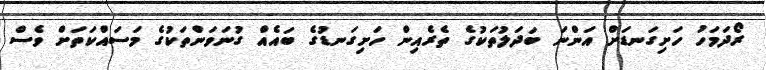
ރޯދަމަހު ހަށިގަނޑަށް އަންނަ ބަދަލުތަކުގެ ތެރެއިން ހަށިގަނޑުގެ ބައެއް ގުނަވަންތަކުގެ މަސައްކަތަށް ވެސް